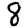
Digit: 8